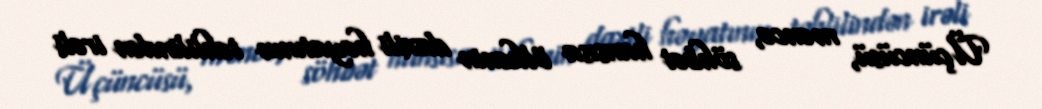
Üçüncüsü, məncə, söhbət hansısa ölkənin daxili həyatının təhlilindən irəli